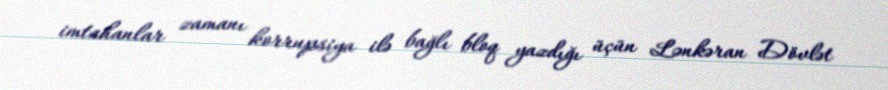
imtahanlar zamanı korrupsiya ilə bağlı bloq yazdığı üçün Lənkəran Dövlət